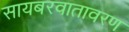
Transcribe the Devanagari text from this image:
सायबरवातावरण